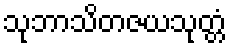
သုဘာသိတဇယသုတ္တံ